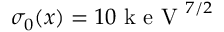
\sigma _ { 0 } ( x ) = 1 0 \mathrm { ~ k ~ e ~ V ~ } ^ { 7 / 2 }